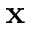
\textbf x